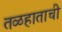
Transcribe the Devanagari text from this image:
तळहाताची